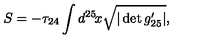
S = - \tau _ { 2 4 } \int d ^ { 2 5 } \! x \sqrt { | \det g _ { 2 5 } ^ { \prime } | } ,